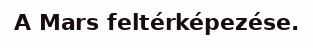
A Mars feltérképezése.